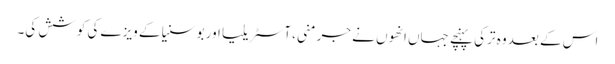
اس کے بعد وہ ترکی پہنچے جہاں انھوں نے جرمنی، آسٹریلیا اور بوسنیا کے ویزے کی کوشش کی۔